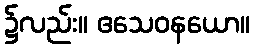
၌လည်း။ ဧသေဝနယော။